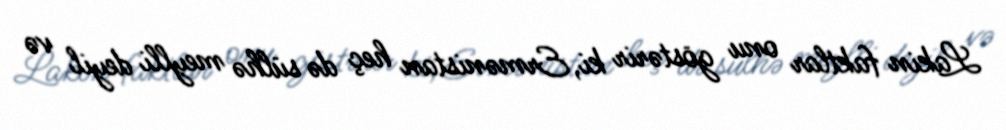
Lakin faktlar onu göstərir ki, Ermənistan heç də sülhə meylli deyil və